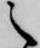
之